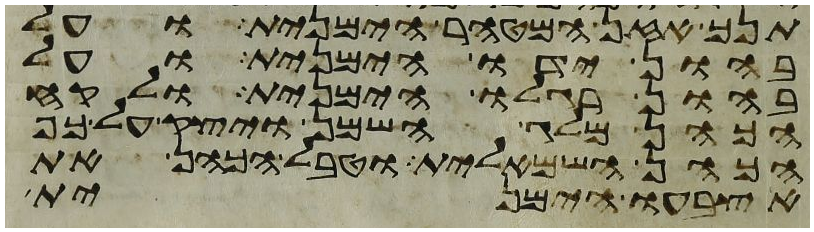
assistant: תנך אזן המטהר הימנית ועל
בהון ידו הימנית ועל
בהון רגלו הימנית ולקח
הכהן מלג השמן ויצק על כף
הכהן השמאלית וטבל הכהן את
אצבעו הימנית